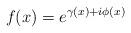
LaTeX: \begin{align*}f(x)=e^{\gamma(x)+i\phi(x)}\end{align*}